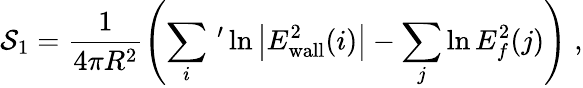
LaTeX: {\cal S}_{1}=\frac{1}{4\pi R^{2}}\left(\sum_{i}\, ^{\prime}\ln\left|E_{\mathrm{wall}}^{2}(i)\right|-\sum_{j}\ln E_{f}^{2}(j)\right)\; ,